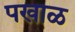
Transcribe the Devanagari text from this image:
पखाळ